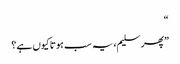
“
”پھر سلیم، یہ سب ہوتا کیوں ہے؟